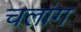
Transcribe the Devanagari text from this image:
चलांग